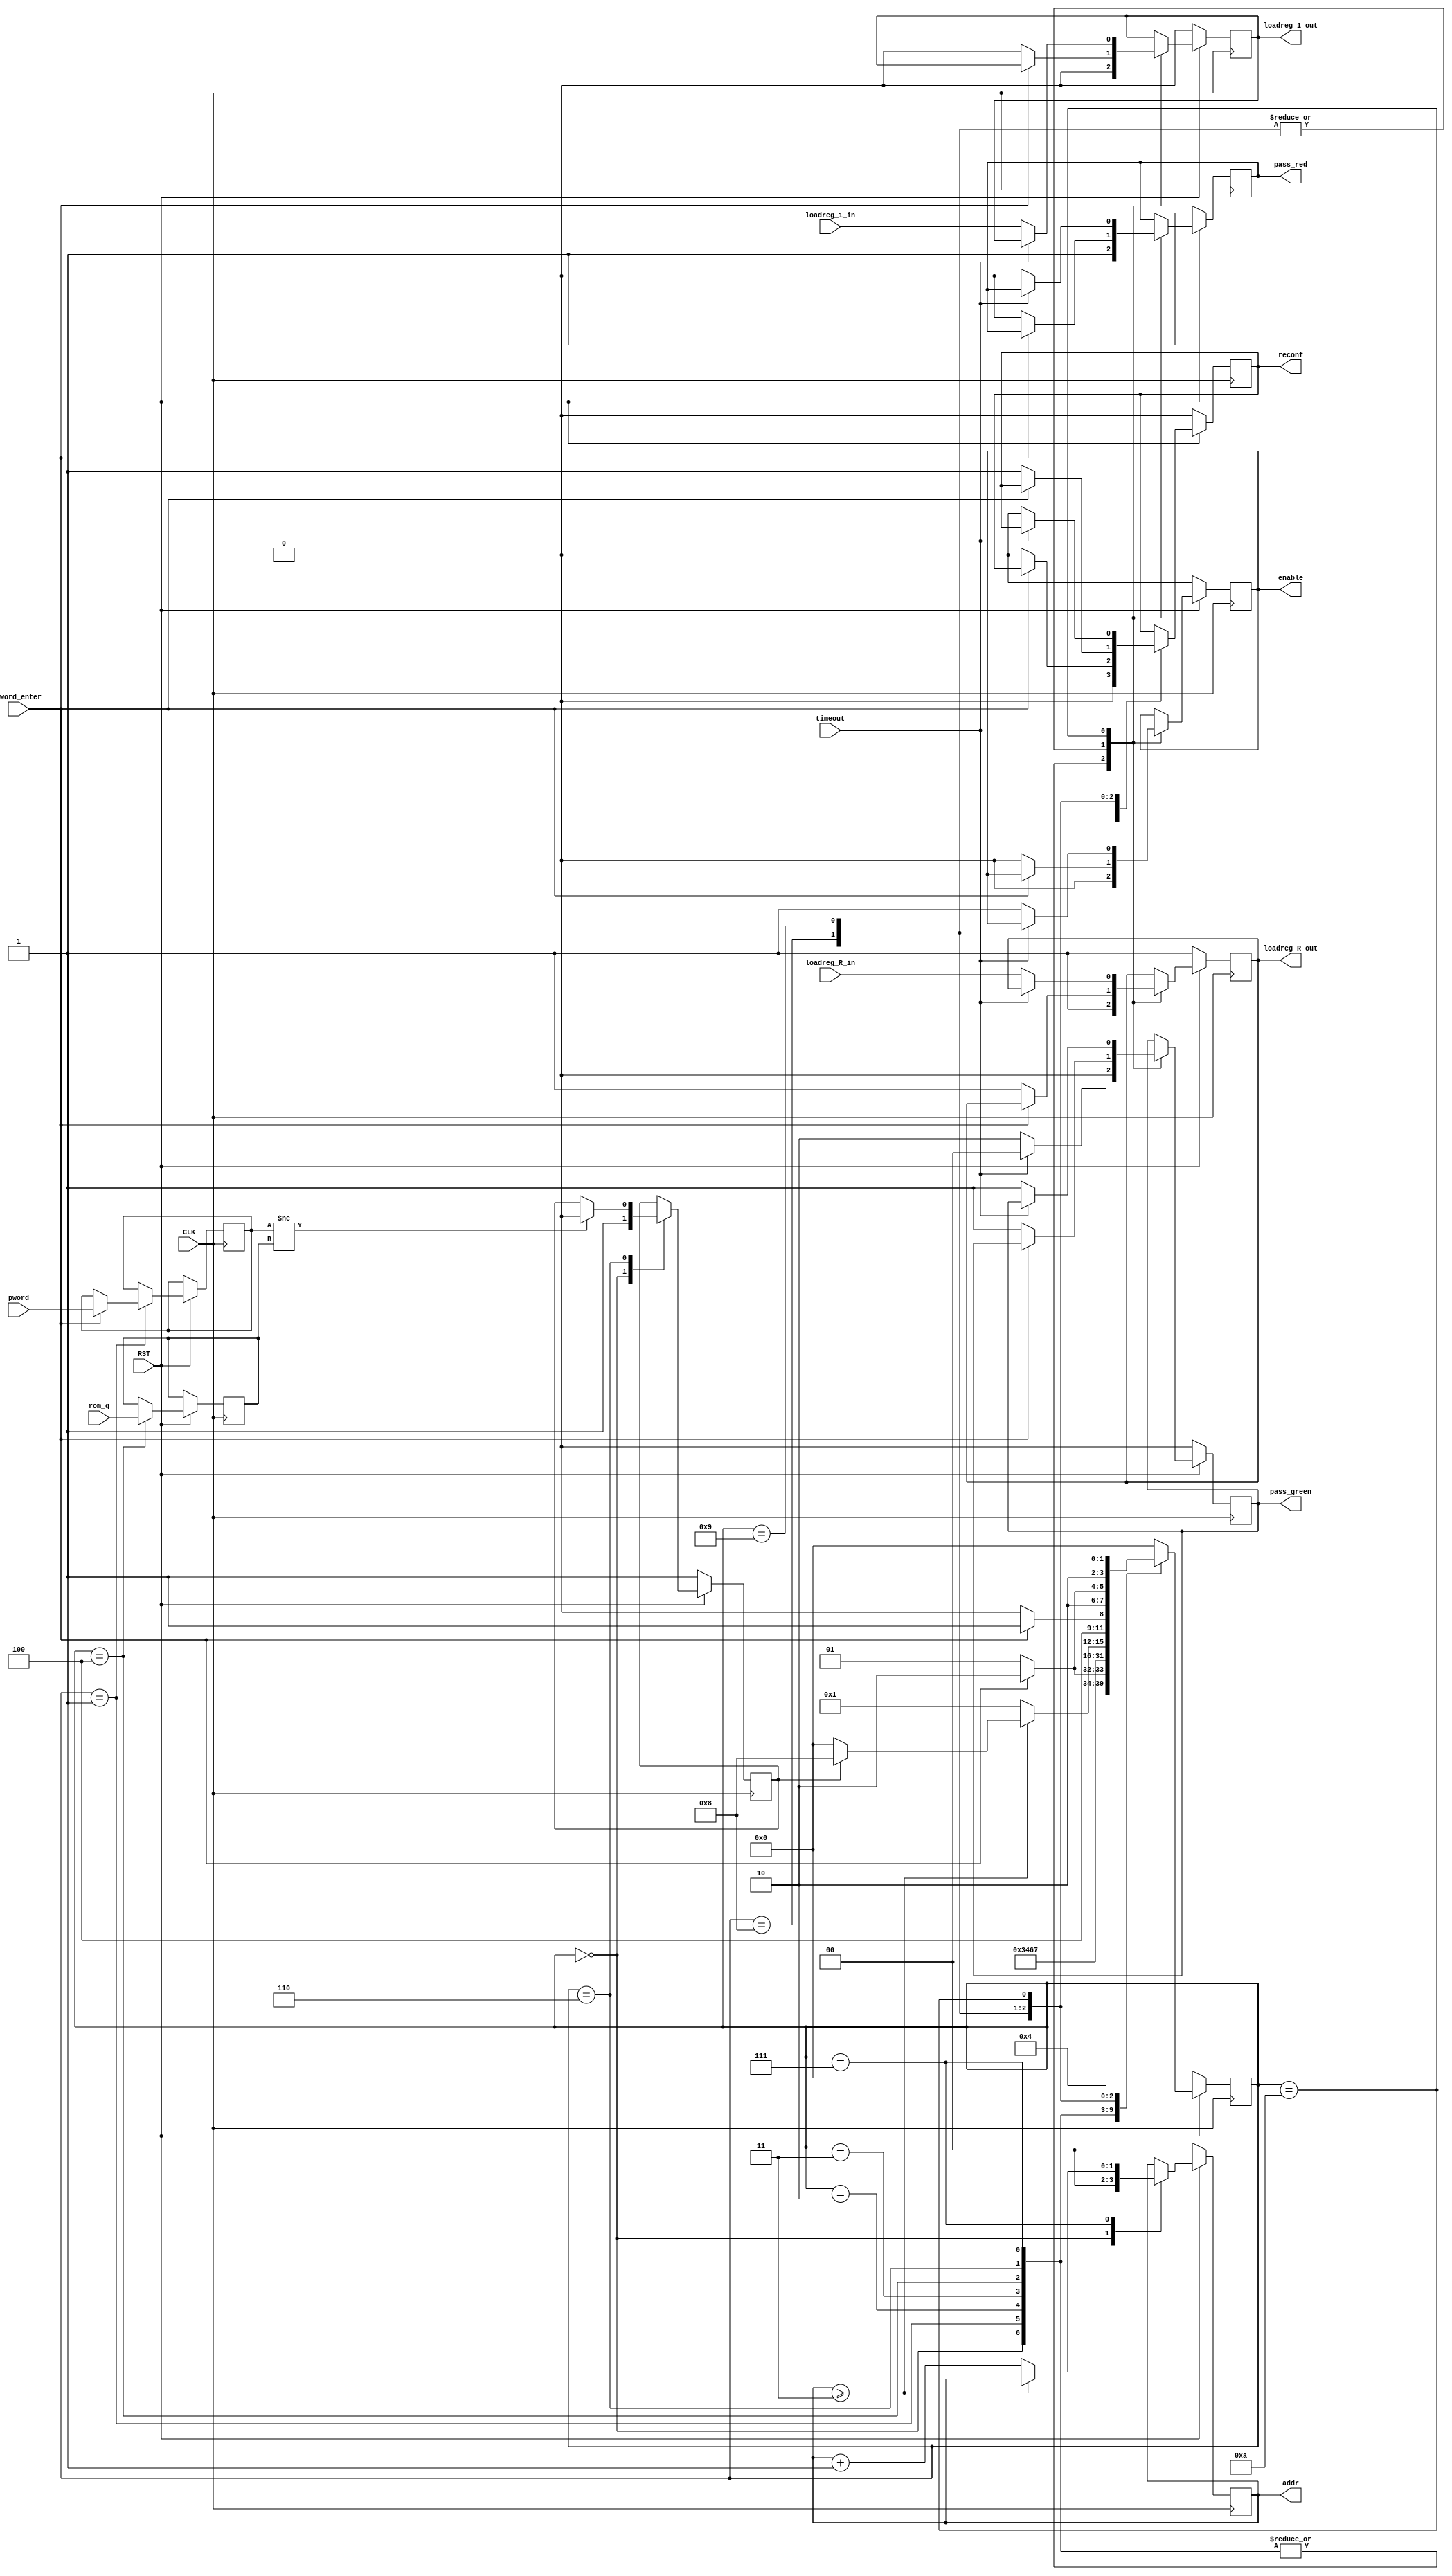
// ECE5440
// access.v
// Description: Controls access to the game's I/O through a login system.
// Key: 3153

// Moore One-Procedure FSM

module access (
    //inputs
    CLK, RST,
	loadreg_1_in, loadreg_R_in,
	pword, pword_enter,
    timeout,
    rom_q,
    //outputs
    enable, reconf,
    loadreg_1_out, loadreg_R_out,
	pass_red, pass_green,
    //currentstate,
    addr,
    //DEBUG
    //pass_OK
    //END DEBUG
    );

    input RST, CLK, timeout;
    // input accept buttons for the two load registers
    input loadreg_1_in, loadreg_R_in;
    // user inputs 4-bit password digit
    input [3:0] pword;
    input pword_enter;
    

    // signals to wire out to player loadreg modules + digit timer reconf
    output enable, reconf;
    output loadreg_1_out, loadreg_R_out;

    //LED inficator of login pass/fail
    output pass_red, pass_green;
    
    
    // variables for communicating with the ROM module
    input [3:0] rom_q;
    output [1:0] addr;
    reg [1:0] addr;

    reg enable, reconf;
    reg loadreg_1_out, loadreg_R_out;
    reg pass_red, pass_green;

    //////////////////////////////////////////////DEBUG, comment out when not testbenching
    //output pass_OK;
    // display current state for simulation and debugging pruposes
    // currentstate will not be wired to any modules or I/O
	//output [3:0] currentstate;
    //////////////////////////////////////////////END DEBUG

    // FSM regs, parameters and states
    reg [3:0] currentstate; // enumerated state of the FSM
    reg pass_OK; // flag that tells if the current sequence is incorrect
    reg [3:0] pword_current; // internal variable recording player input
    reg [3:0] pword_rom; // internal variable recording ROM output
    // enumerated state values
    parameter   Init = 4'b0000, Next = 4'b0001, W1 = 4'b0010, W2 = 4'b0011,
                Get = 4'b0100, Equ = 4'b0101, Eval = 4'b0110, Pass = 4'b0111,
                OK = 4'b1000, SET = 4'b1001, PLAY = 4'b1010;

    // FSM
    // Key is retrieved from a ROM module that stores each digit as a 4-bit word
    // pass_OK acts as a flag detecting if input sequence has matched so far (default value 1)
	always @ (posedge CLK) begin
        // If RST triggered, switch case is ignored and FSM is forced to Init
		if (RST == 1'b0) begin
            addr <= 2'b00;
            pass_OK <= 1'b1;
            pass_red <= 1'b1;
            pass_green <= 1'b0;
            loadreg_1_out <= 1'b0;
            loadreg_R_out <= 1'b1;  // loadreg_R must be inverted because a 0 enables the RNG
            enable <= 1'b0;
            reconf <= 1'b0;
            currentstate <= Init;
		end
		else begin case (currentstate)
                Init: begin
                    addr <= 2'b00;
                    pass_OK <= 1'b1;
                    pass_red <= 1'b1;
                    pass_green <= 1'b0;
                    loadreg_1_out <= 1'b0;
                    loadreg_R_out <= 1'b1;
                    enable <= 1'b0;
                    reconf <= 1'b0;
                    currentstate <= Next;
                end
                Next: begin
                    //definition
                    pass_red <= 1'b1;
                    pass_green <= 1'b0;
                    loadreg_1_out <= 1'b0;
                    loadreg_R_out <= 1'b1;
                    enable <= 1'b0;
                    reconf <= 1'b0;
                    //transition
                    if(pword_enter == 1'b0)
                    begin
                        currentstate <= Next;
                    end
                    else begin
                        pword_current <= pword;
                        currentstate <= W1;
                    end
                end

                // wait two cycles for the ROM module to retrieve the data
                W1: begin
                    //definition
                    pass_red <= 1'b1;
                    pass_green <= 1'b0;
                    loadreg_1_out <= 1'b0;
                    loadreg_R_out <= 1'b1;
                    enable <= 1'b0;
                    reconf <= 1'b0;
                    //transition
                    currentstate <= W2;
                end
                W2: begin
                    //definition
                    pass_red <= 1'b1;
                    pass_green <= 1'b0;
                    loadreg_1_out <= 1'b0;
                    loadreg_R_out <= 1'b1;
                    enable <= 1'b0;
                    reconf <= 1'b0;
                    //transition
                    currentstate <= Get;
                end
                // ROM should have fetched the data by now, record the output from the memory module
                Get: begin
                    //definition
                    pass_red <= 1'b1;
                    pass_green <= 1'b0;
                    loadreg_1_out <= 1'b0;
                    loadreg_R_out <= 1'b1;
                    enable <= 1'b0;
                    reconf <= 1'b0;
                    //transition
                    pword_rom <= rom_q;
                    currentstate <= Eval;
                end
                // flag if the player input does not match what ROM returns
                Eval: begin
                    //definition
                    pass_red <= 1'b1;
                    pass_green <= 1'b0;
                    loadreg_1_out <= 1'b0;
                    loadreg_R_out <= 1'b1;
                    enable <= 1'b0;
                    reconf <= 1'b0;
                    //transition
                    if(pword_current != pword_rom) begin
                        pass_OK <= 1'b0;
                    end
                    currentstate <= Pass;
                end
                // if the sequence matched, goto game
                    // if not, reset and restart
                // if the sequence isn't finished, goto next address and loop back
                Pass: begin
                    //definition
                    pass_red <= 1'b1;
                    pass_green <= 1'b0;
                    loadreg_1_out <= 1'b0;
                    loadreg_R_out <= 1'b1;
                    enable <= 1'b0;
                    reconf <= 1'b0;
                    //transition
                    if(addr >= 2'b11) begin
                        if(pass_OK == 1'b1) begin
                            currentstate <= OK;
                        end
                        else begin
                            currentstate <= Init;
                        end
                    end
                    else begin
                        addr <= addr + 2'b01;
                        currentstate <= Next;
                    end
                end

                // game loop
                OK: begin
                    if(pword_enter == 1'b0)
                    begin
                        pass_red <= 1'b0;
                        pass_green <= 1'b1;
                        loadreg_1_out <= 1'b0;         
                        loadreg_R_out <= 1'b1;
                        enable <= 1'b0;
                        reconf <= 1'b0;
                        currentstate <= OK;
                    end
                    else begin
                        currentstate <= SET;
                    end
				end
                SET: begin
                    if(pword_enter == 1'b0)
                    begin
                        pass_red <= 1'b0;
                        pass_green <= 1'b1;
                        loadreg_1_out <= 1'b0;         
                        loadreg_R_out <= 1'b1;
                        enable <= 1'b0;
                        reconf <= 1'b1;
                        currentstate <= SET;
                    end
                    else begin
                        currentstate <= PLAY;
                    end
                end
                PLAY: begin
                    if(timeout == 1'b0)
                    begin
                        pass_red <= 1'b0;
                        pass_green <= 1'b1;
                        loadreg_1_out <= loadreg_1_in;
                        loadreg_R_out <= loadreg_R_in;
                        enable <= 1'b1;
                        reconf <= 1'b0;
                        currentstate <= PLAY;
                    end
                    else begin
                        if(timeout == 1'b1)
                        begin
                            currentstate <= OK;
                        end
                    end
                end
				default: begin currentstate <= Init; end
			endcase
		end
	end
endmodule